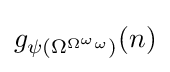
g_{\psi (\Omega ^{\Omega ^{\omega }\omega })}(n)